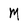
Character: M